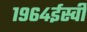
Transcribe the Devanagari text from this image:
१९६४ईस्वी